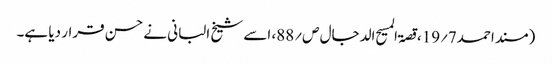
(مسند احمد7؍19،قصۃ المسیح الدجال ص؍88، اسے شیخ البانی نے حسن قرار دیا ہے۔